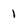
Character: 1